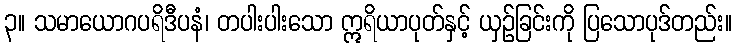
၃။ သမာယောဂပရိဒီပနံ၊ တပါးပါးသော ဣရိယာပုတ်နှင့် ယှဉ်ခြင်းကို ပြသောပုဒ်တည်း။